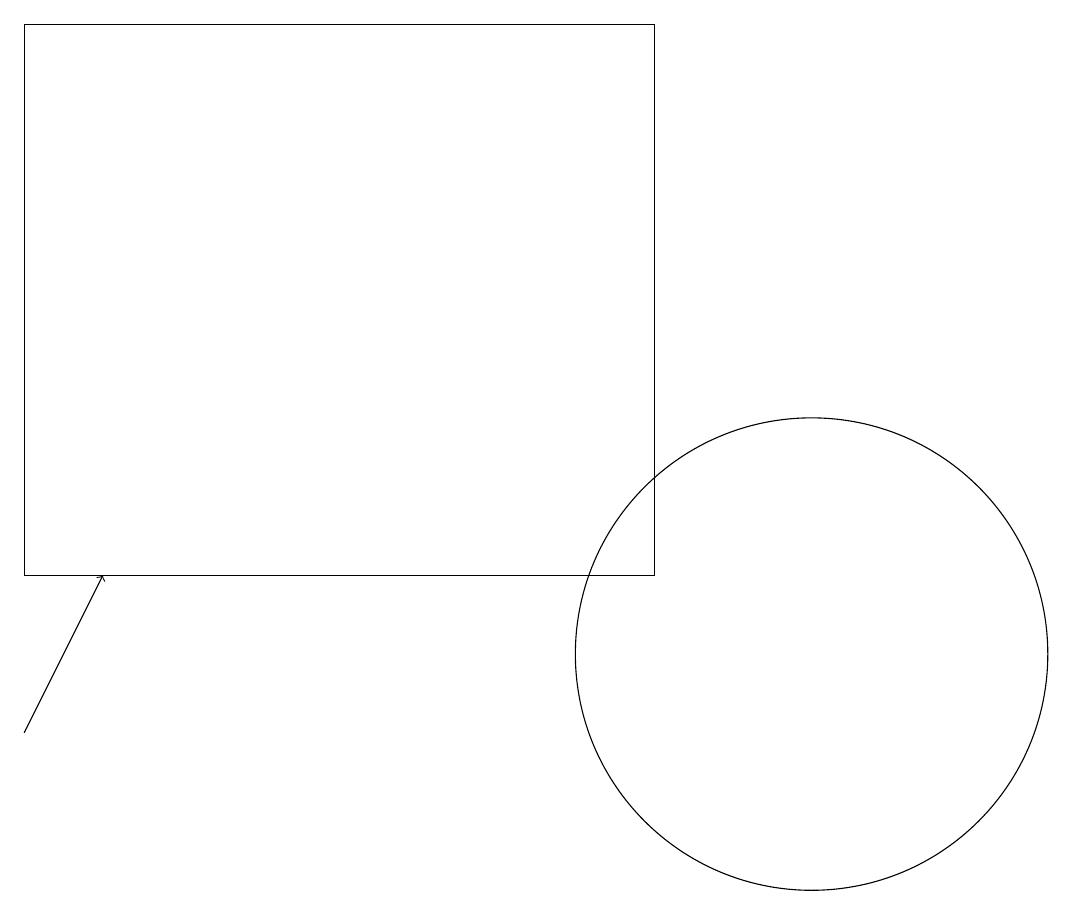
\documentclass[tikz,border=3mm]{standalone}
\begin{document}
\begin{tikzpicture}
\draw[->] (1,10) -- (2,12);
\draw (1,12) rectangle (9,19);
\draw (11,11) circle (3);
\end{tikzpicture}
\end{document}